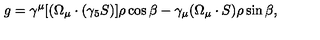
g = \gamma ^ { \mu } [ ( \Omega _ { \mu } \cdot ( \gamma _ { 5 } S ) ] \rho \cos { \beta } - \gamma _ { \mu } ( \Omega _ { \mu } \cdot S ) \rho \sin { \beta } ,